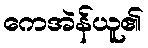
ကေအဲန်ယူ၏